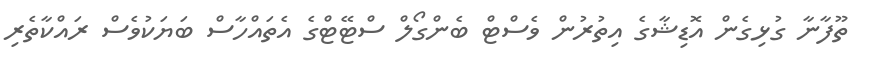
ތޫފާނާ ގުޅިގެން އޮޑިޝާގެ އިތުރުން ވެސްޓް ބެންގޯލް ސްޓޭޓްގެ އެތައްހާސް ބަޔަކުވެސް ރައްކާތެރި